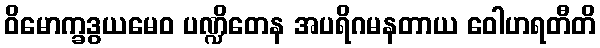
ဝိမောက္ခဒွယမေဝ ပဏ္ဍိတေန အပရိဂမနတာယ ဝေါဟရတီတိ